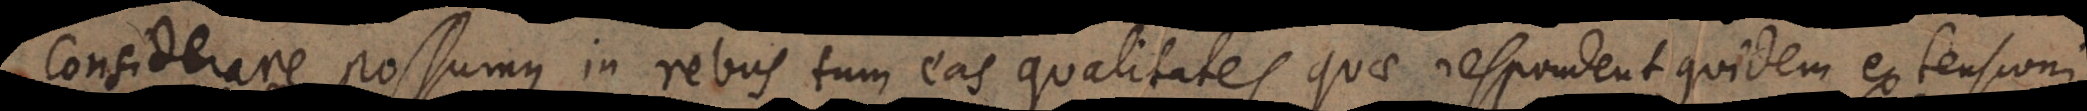
Considerare possumus in rebus tum eas qualitates quae respondent quidem extensioni